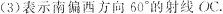
(3)表示南偏西方向60^ { \circ }的涉嫌OC。